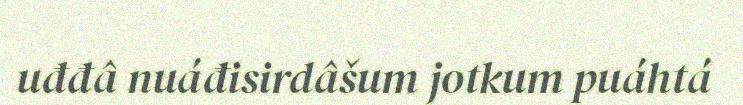
uđđâ nuáđisirdâšum jotkum puáhtá